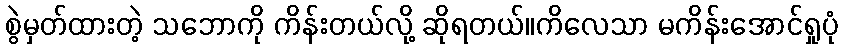
စွဲမှတ်ထားတဲ့ သဘောကို ကိန်းတယ်လို့ ဆိုရတယ်။ကိလေသာ မကိန်းအောင်ရှုပုံ